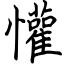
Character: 懽